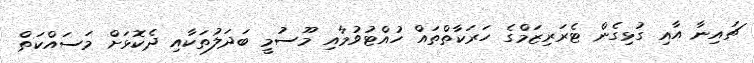
ޗައިނާ އާއި ގުޅިގެން ޓެރަރިޒަމްގެ ހަރަކާތްތައް ހުއްޓުވުމާއި މޫސުމީ ބަދަލުތަކާއި ދެކޮޅަށް މަސައްކަތް